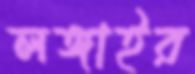
লঙ্গাইর